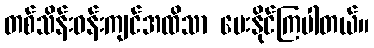
တစ်သိန်းဝန်းကျင်အထိသာ ပေးနိုင်ကြပါတယ်။